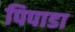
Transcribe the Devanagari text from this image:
पिपाडा